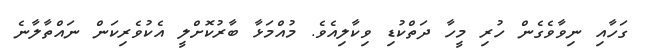
ގަހާއި ނިވާވެގެން ހުރި މީހާ ދަތްކުޑި ވިކާލިއެވެ. މުއްމަޅާ ބާރުކޮށްލީ އެކުވެރިކަން ނައްތާލާނެ